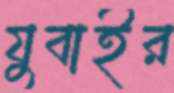
যুবাইর